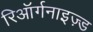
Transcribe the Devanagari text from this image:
रिऑर्गनाइज़्ड